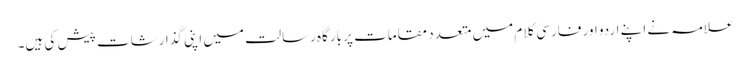
علامہ نے اپنے اردو اور فارسی کلام میں متعدد مقامات پر بارگاہ رسالت میں اپنی گذارشات پیش کی ہیں۔